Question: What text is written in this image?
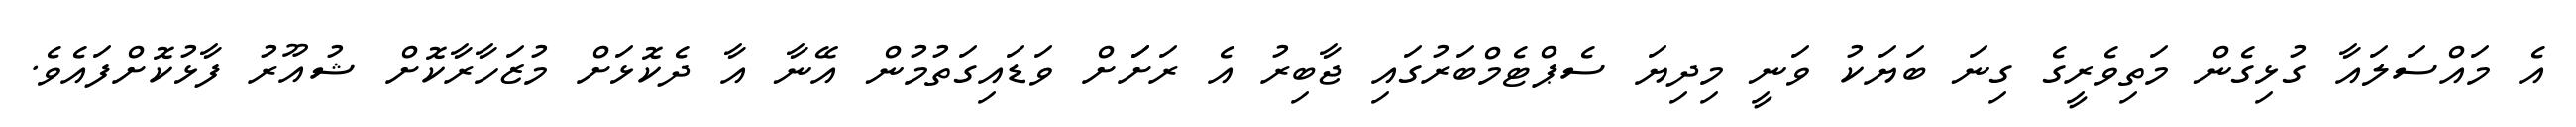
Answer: އެ މައްސަލައާ ގުޅިގެން މަތިވެރީގެ ގިނަ ބަޔަކު ވަނީ މިދިޔަ ސެޕްޓެމްބަރުގައި ޖާބިރު އެ ރަށަަށް ވަޑައިގަތުމުން އޭނާ އާ ދެކޮޅަށް މުޒަހާރާކޮށް ޝުއޫރު ފާޅުކޮށްފައެވެ.